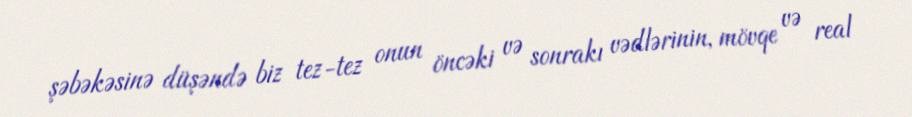
şəbəkəsinə düşəndə biz tez-tez onun öncəki və sonrakı vədlərinin, mövqe və real